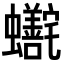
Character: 𬠺